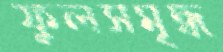
ফুলসমৃদ্ধ